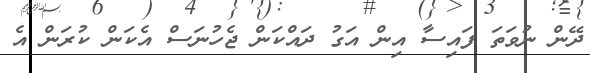
ދޭން ނުވަތަ ފައިސާ އިން އަގު ދައްކަން ޖެހުނަސް އެކަން ކުރަން އެ